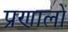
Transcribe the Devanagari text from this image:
प्रणालों